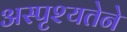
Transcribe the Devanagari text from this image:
अस्पृश्यतेने